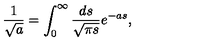
\frac { 1 } { \sqrt { a } } = \int _ { 0 } ^ { \infty } \frac { d s } { \sqrt { \pi s } } e ^ { - a s } ,